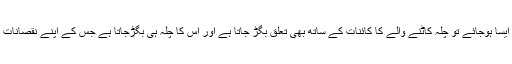
اگر ایسا ہوجائے تو چلہ کاٹنے والے کا کائنات کے ساتھ بھی تعلق بگڑ جاتا ہے اور اس کا چلہ ہی بگڑجاتا ہے جس کے اپنے نقصانات ہیں۔